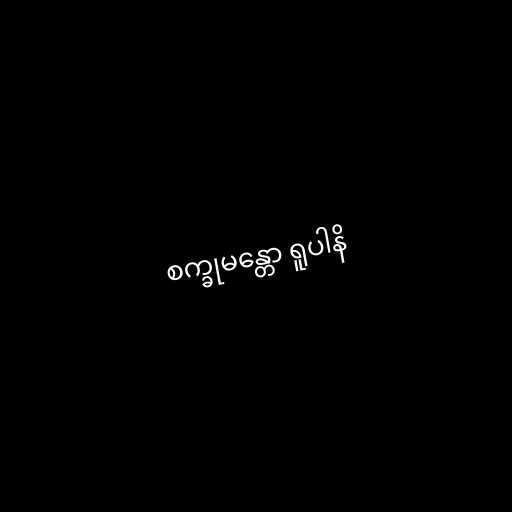
စက္ခုမန္တော ရူပါနိ